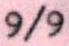
9/9